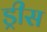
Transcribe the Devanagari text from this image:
ड्रीस